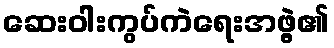
ဆေးဝါးကွပ်ကဲရေးအဖွဲ့၏